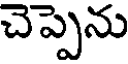
చెప్పెను